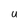
Character: U